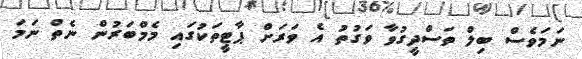
ނަމަވެސް ބިލް ތަސްދީގުވާ ވަގުތު އެ ވަރަށް ޕާޓީތަކުގައި މެމްބަރުން ނެތް ނަމަ